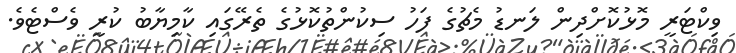
ވިކްޓަރީ މޮޅުކޮށްދިން ލަނޑު މެޗުގެ ފަހު ސިކުންތުކޮޅުގެ ތެރޭގައި ކާމިޔާބު ކުރީ ވެސްޓެވެ.